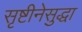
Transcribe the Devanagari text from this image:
सृष्टीनेसुद्धा